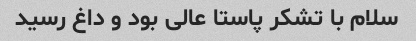
سلام با تشکر پاستا عالی بود و داغ رسید